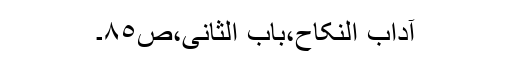
آداب النکاح،باب الثانی،ص٨٥۔